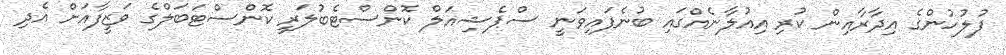
ފުލުހުންގެ އިދާރާއިން ކުރި އިއުލާނެއްގައި ބުނެފައިވަނީ ސްޕެޝިއަލް ކޮންސްޓެބުލަރީ ކޮންސްޓަބަލްގެ ވަޒީފާއަށް އެދި